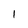
Character: 1